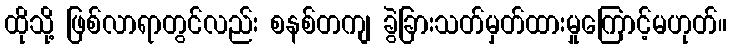
ထိုသို့ ဖြစ်လာရာတွင်လည်း စနစ်တကျ ခွဲခြားသတ်မှတ်ထားမှုကြောင့်မဟုတ်။